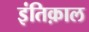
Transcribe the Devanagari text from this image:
इंतिक़ाल